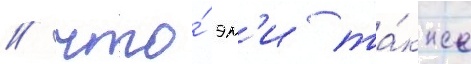
/ что́ эм'и та́кже